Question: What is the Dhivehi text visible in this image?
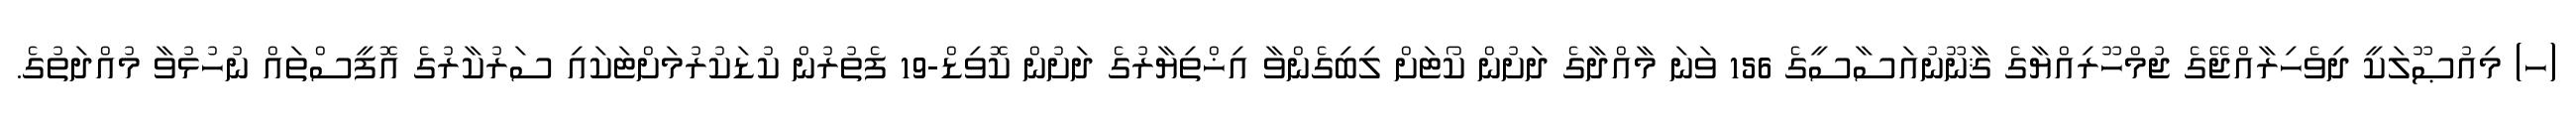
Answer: (ހ) މިއުޞޫލަކީ ދިވެހިރާއްޖޭގެ ޖުމްހޫރިއްޔާގެ ޤާނޫނުއަސާސީގެ 156 ވަނަ މާއްދާގެ ދަށުން ކޯޓަށް ލިބިގެންވާ އިޚްތިޔާރުގެ ދަށުން ކޮވިޑް-19 ފެތުރުން ކުޑަކުރުމަށްޓަކައި ސަރުކާރުގެ އޮފީސްތައް ނުހުޅުވާ މުއްދަތުގެ.